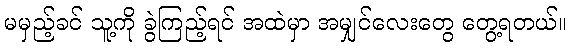
မမှည့်ခင် သူ့ကို ခွဲကြည့်ရင် အထဲမှာ အမျှင်လေးတွေ တွေ့ရတယ်။